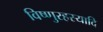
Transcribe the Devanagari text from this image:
विष्णुरहस्यादि